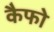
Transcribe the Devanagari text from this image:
कैफो